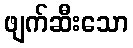
ဖျက်ဆီးသော